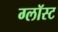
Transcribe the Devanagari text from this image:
ग्लॉस्ट